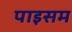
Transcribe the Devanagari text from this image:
पाइसम